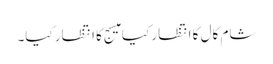
شام کال کا انتظار کیا میسج کا انتظار کیا۔